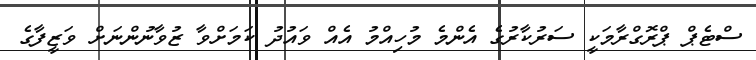
ސްޓެޕް ޕްރޮގްރާމަކީ ސަރުކާރުގެ އެންމެ މުހިއްމު އެއް ވައުދު ކަމަށްވާ ޒުވާނުންނަަށް ވަޒީފާގެ